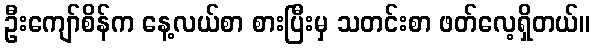
ဦးကျော်စိန်က နေ့လယ်စာ စားပြီးမှ သတင်းစာ ဖတ်လေ့ရှိတယ်။